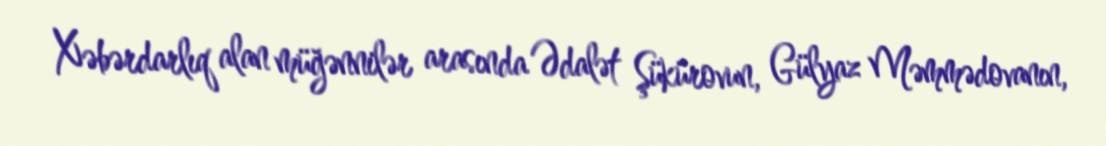
Xəbərdarlıq alan müğənnilər arasında Ədalət Şükürovun, Gülyaz Məmmədovanın,